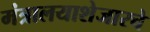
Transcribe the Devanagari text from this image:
मंत्रालयाशेजारचे